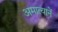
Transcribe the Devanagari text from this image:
अमात्यानें